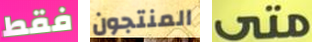
فقط المنتجون متى